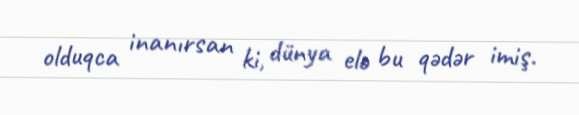
olduqca inanırsan ki, dünya elə bu qədər imiş.